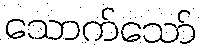
သောက်သော်